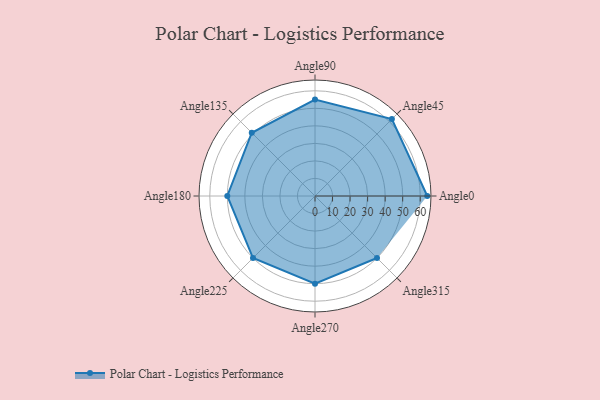
{"axis": {"x": "Angle", "y": "Radius"}, "legend": [""], "data": [{"x": "Angle0", "y": 64.0, "type": ""}, {"x": "Angle45", "y": 62.0, "type": ""}, {"x": "Angle90", "y": 55.0, "type": ""}, {"x": "Angle135", "y": 51.0, "type": ""}, {"x": "Angle180", "y": 50, "type": ""}, {"x": "Angle225", "y": 50, "type": ""}, {"x": "Angle270", "y": 50, "type": ""}, {"x": "Angle315", "y": 50, "type": ""}]}